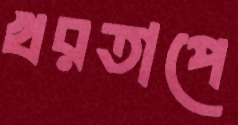
খরতাপে